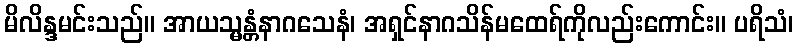
မိလိန္ဒမင်းသည်။ အာယသ္မန္တံနာဂသေနံ၊ အရှင်နာဂသိန်မထေရ်ကိုလည်းကောင်း။ ပရိသံ၊